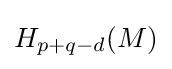
H_{p+q-d}(M)